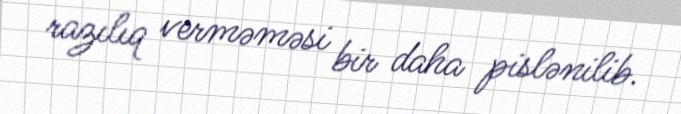
razılıq verməməsi bir daha pislənilib.